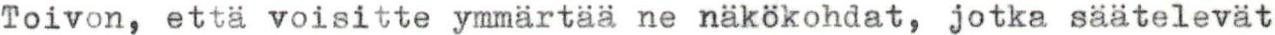
Toivon, että voisitte ymmärtää ne näkökohdat, jotka säätelevät